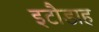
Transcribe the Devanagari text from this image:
इटौडाह